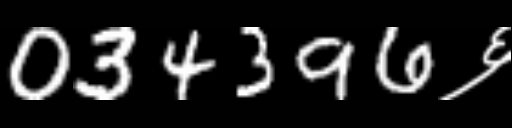
Text: 034396६